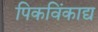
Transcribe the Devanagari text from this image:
पिकविंकाद्य